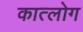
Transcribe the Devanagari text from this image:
कात्लोग